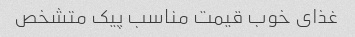
غذای خوب قیمت مناسب پیک متشخص